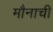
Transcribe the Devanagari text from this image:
मौनाची